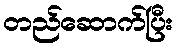
တည်ဆောက်ပြီး